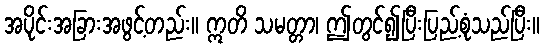
အပိုင်းအခြားအဖွင့်တည်း။ ဣတိ သမတ္တာ၊ ဤတွင်၍ပြီးပြည့်စုံသည်ပြီး။